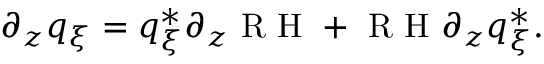
\partial _ { z } q _ { \xi } = q _ { \xi } ^ { * } \partial _ { z } \textrm { R H } + \textrm { R H } \partial _ { z } q _ { \xi } ^ { * } .